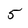
Character: 5